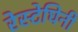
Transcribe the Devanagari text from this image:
रेस्टेघिनी